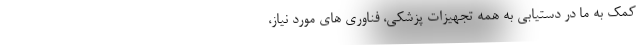
کمک به ما در دستیابی به همه تجهیزات پزشکی، فناوری های مورد نیاز،